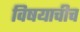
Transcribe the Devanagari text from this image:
विषयाचीच